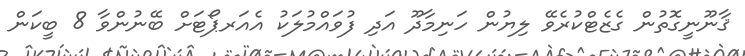
ޤާނޫނީގޮތުން ގެޒެޓްކުރެވޭ ލިޔުން ހަނިމާދޫ އަދި ފުވައްމުލަކު އެއަރޕޯޓަށް ބޭނުންވާ 8 ބީކަން